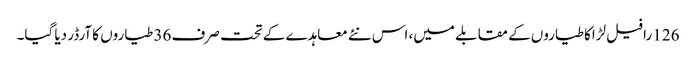
126 رافیل لڑاکا طیاروں کے مقابلے میں، اس نئے معاہدے کے تحت صرف 36 طیاروں کا آرڈر دیا گیا۔